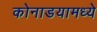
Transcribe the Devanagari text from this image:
कोनाडयामध्ये